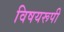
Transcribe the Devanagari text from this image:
विषयरूपी